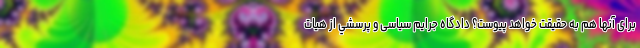
برای آنها هم به حقیقت خواهد پیوست؟ دادگاه جرایم سیاسی و پرسشي از هيات